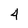
Character: 4